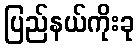
ပြည်နယ်ကိုးခု